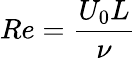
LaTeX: Re=\frac{U_{0}L}{\nu}